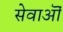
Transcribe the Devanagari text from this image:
सेवाऒं